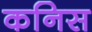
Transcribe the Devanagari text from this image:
कनिस